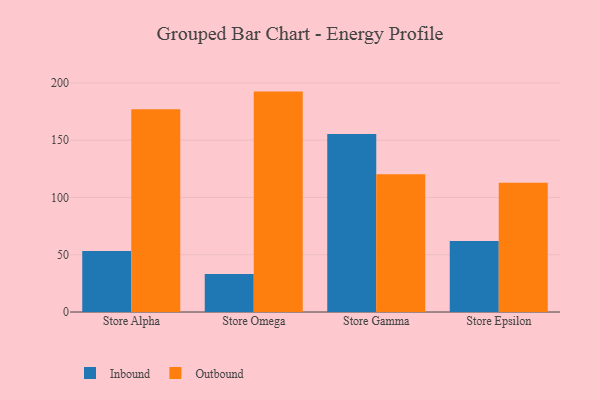
{"axis": {"x": "Store", "y": "Bounce Rate (%)"}, "legend": ["Inbound", "Outbound"], "data": [{"x": "Store Alpha", "y": 53.3, "type": "Inbound"}, {"x": "Store Alpha", "y": 177.1, "type": "Outbound"}, {"x": "Store Omega", "y": 33.2, "type": "Inbound"}, {"x": "Store Omega", "y": 192.4, "type": "Outbound"}, {"x": "Store Gamma", "y": 155.3, "type": "Inbound"}, {"x": "Store Gamma", "y": 120.3, "type": "Outbound"}, {"x": "Store Epsilon", "y": 61.9, "type": "Inbound"}, {"x": "Store Epsilon", "y": 112.9, "type": "Outbound"}]}